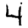
Digit: 4